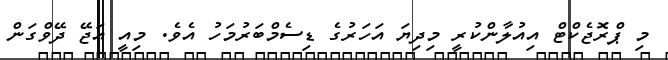
މި ޕްރޮޖެކްޓް އިއުލާންކުރީ މިދިޔަ އަހަރުގެ ޑިސެމްބަރުމަހު އެވެ. މިއީ އަޖޭ ދޭވްގަން